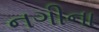
નગીના